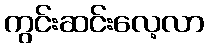
ကွင်းဆင်းလေ့လာ